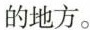
的地方。